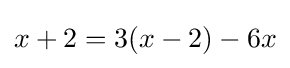
x+2=3(x-2)-6x